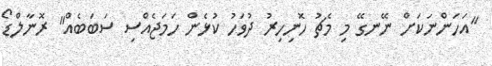
"އަހަންނަކަށް ނޭނގޭ މި މެޗު ހޮނިހިރު ދުވަހު ކުޅެން ހަމަޖެއްސި ސަބަބެއް" ރޮނާލްޑޯ